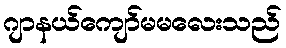
ဂျာနယ်ကျော်မမလေးသည်